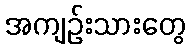
အကျဉ်းသားတွေ